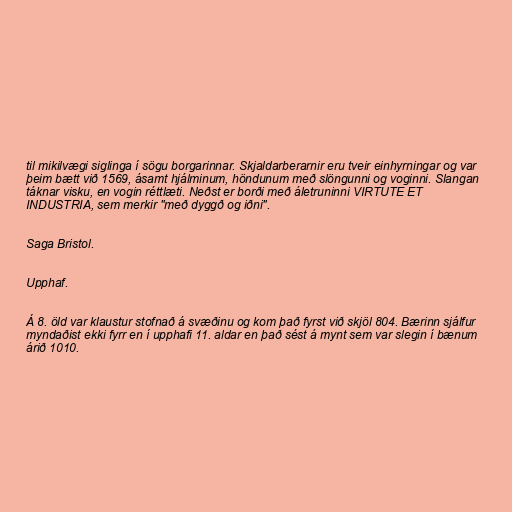
til mikilvægi siglinga í sögu borgarinnar. Skjaldarberarnir eru tveir einhyrningar og var
þeim bætt við 1569, ásamt hjálminum, höndunum með slöngunni og voginni. Slangan
táknar visku, en vogin réttlæti. Neðst er borði með áletruninni VIRTUTE ET
INDUSTRIA, sem merkir "með dyggð og iðni".

Saga Bristol.

Upphaf.

Á 8. öld var klaustur stofnað á svæðinu og kom það fyrst við skjöl 804. Bærinn sjálfur
myndaðist ekki fyrr en í upphafi 11. aldar en það sést á mynt sem var slegin í bænum
árið 1010.